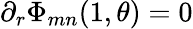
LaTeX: \partial_{r}\Phi_{mn}(1,\theta)=0